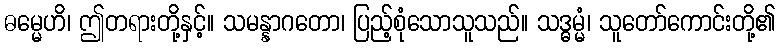
ဓမ္မေဟိ၊ ဤတရားတို့နှင့်။ သမန္နာဂတော၊ ပြည့်စုံသောသူသည်။ သဒ္ဓမ္မံ၊ သူတော်ကောင်းတို့၏